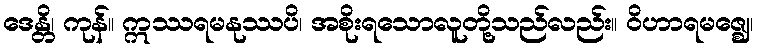
ဒေန္တိ၊ ကုန်။ ဣဿရမနုဿပိ၊ အစိုးရသောလူတို့သည်လည်း။ ဝိဟာရမဇ္ဈေ၊